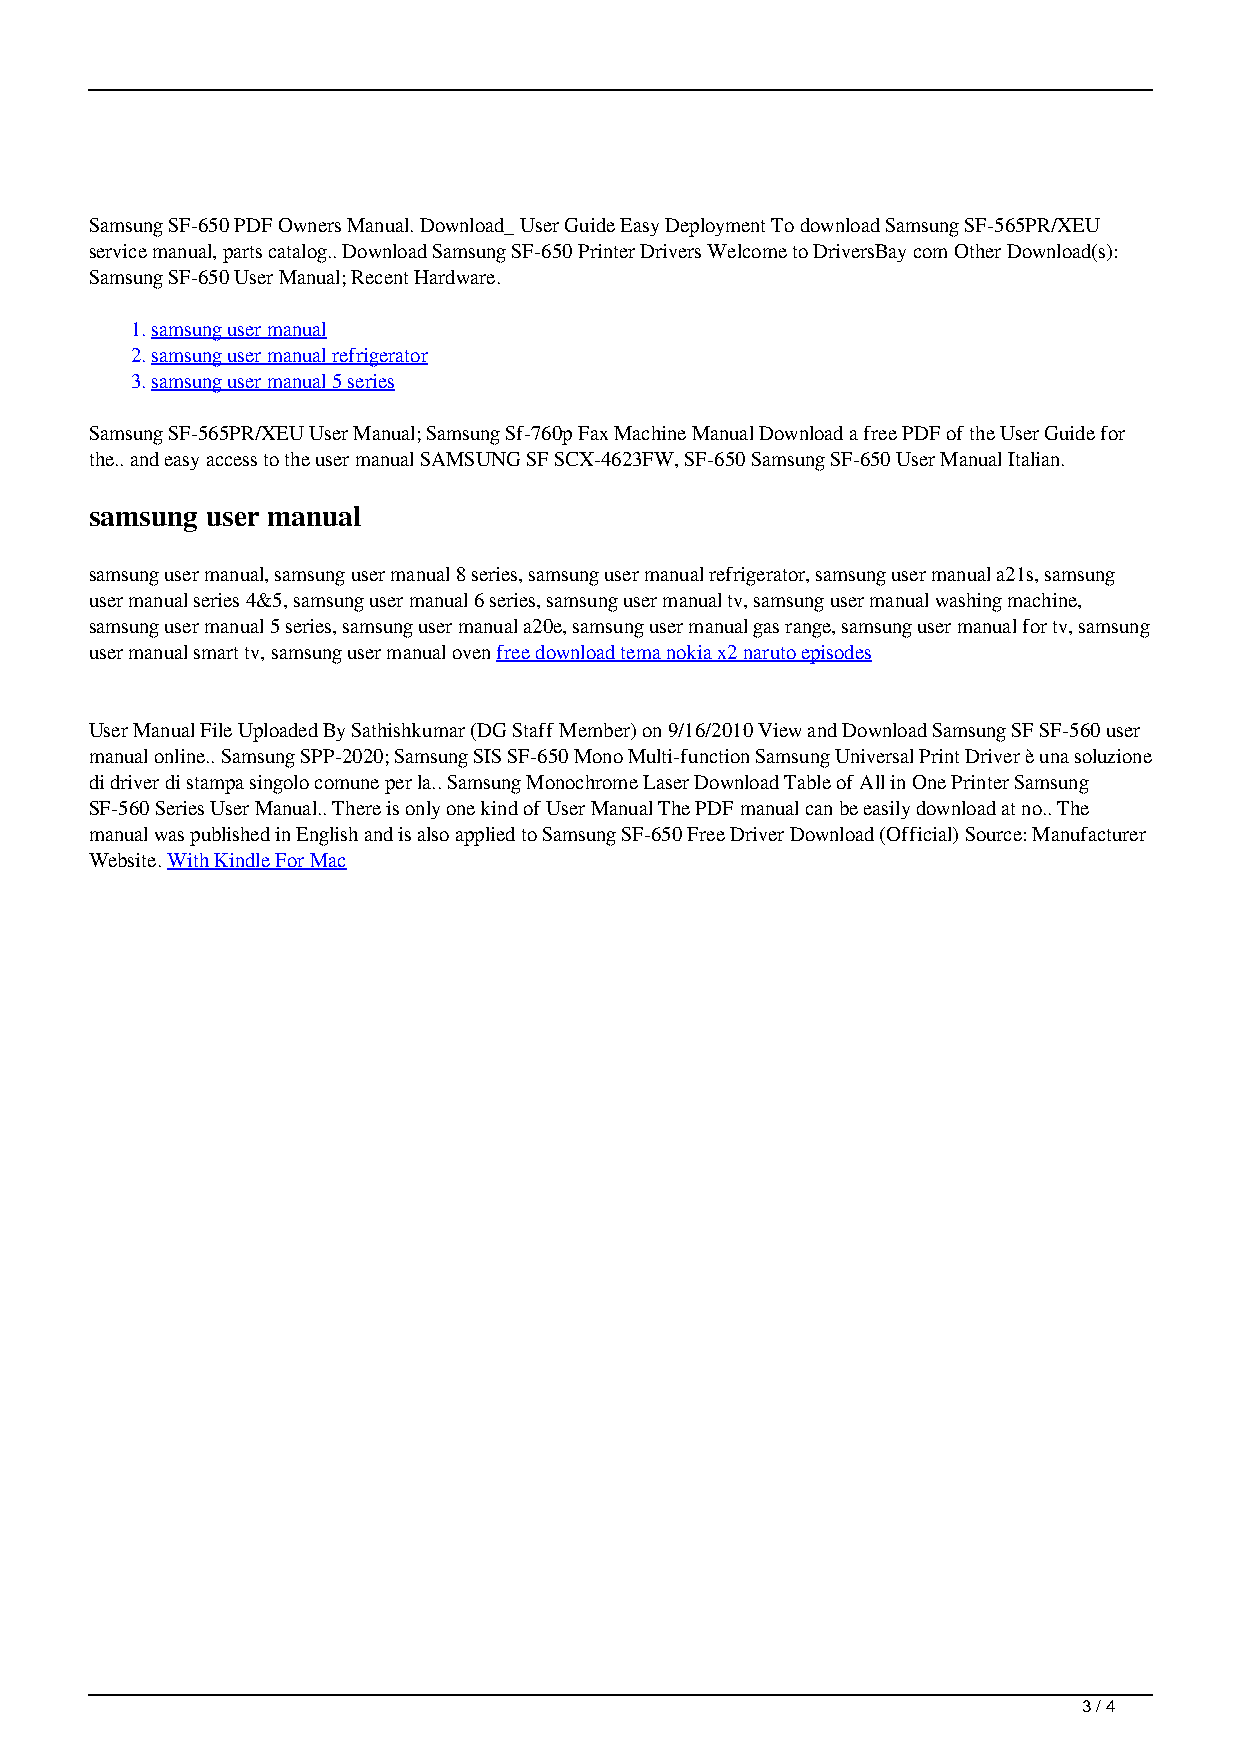
Samsung SF-650 PDF Owners Manual. Download_ User Guide Easy Deployment To download Samsung SF-565PR/XEU
 service manual, parts catalog.. Download Samsung SF-650 Printer Drivers Welcome to DriversBay com Other Download(s):
 Samsung SF-650 User Manual; Recent Hardware.
 1.samsung user manual
 2.samsung user manual refrigerator
 3.samsung user manual 5 series
 Samsung SF-565PR/XEU User Manual; Samsung Sf-760p Fax Machine Manual Download a free PDF of the User Guide for
 the.. and easy access to the user manual SAMSUNG SF SCX-4623FW, SF-650 Samsung SF-650 User Manual Italian.
 samsung user manual
 samsung user manual, samsung user manual 8 series, samsung user manual refrigerator, samsung user manual a21s, samsung
 user manual series 4&5, samsung user manual 6 series, samsung user manual tv, samsung user manual washing machine,
 samsung user manual 5 series, samsung user manual a20e, samsung user manual gas range, samsung user manual for tv, samsung
 user manual smart tv, samsung user manual oven free download tema nokia x2 naruto episodes
 User Manual File Uploaded By Sathishkumar (DG Staff Member) on 9/16/2010 View and Download Samsung SF SF-560 user
 manual online.. Samsung SPP-2020; Samsung SIS SF-650 Mono Multi-function Samsung Universal Print Driver è una soluzione
 di driver di stampa singolo comune per la.. Samsung Monochrome Laser Download Table of All in One Printer Samsung
 SF-560 Series User Manual.. There is only one kind of User Manual The PDF manual can be easily download at no.. The
 manual was published in English and is also applied to Samsung SF-650 Free Driver Download (Official) Source: Manufacturer
 Website. With Kindle For Mac
 3 / 4